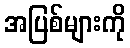
အပြစ်များကို